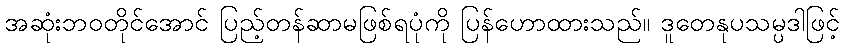
အဆုံးဘဝတိုင်အောင် ပြည့်တန်ဆာမဖြစ်ရပုံကို ပြန်ဟောထားသည်။ ဒူတေနုပသမ္ပဒါဖြင့်